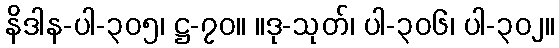
နိဒါန-ပါ-၃၀၅၊ ဋ္ဌ-၇၀။ ။ဒု-သုတ်၊ ပါ-၃၀၆၊ ပါ-၃၀၂။